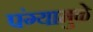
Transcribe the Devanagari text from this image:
पंग्यामुळे